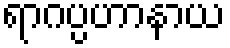
ရာဂပ္ပဟာနာယ